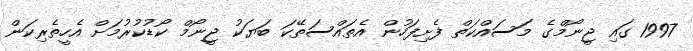
1997 ގައި ޖީނޯމްގެ މަސައްކަތް ފެށިފަހުން އެތައްސަތޭކަ ބަޔަކު ޖީނޯމް ކޯޑުކުރުމަށް އެހީތެރިކަން